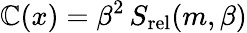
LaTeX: {\cal\mathbb{C}}(x)=\beta^{2}\, S_{\mathrm{{rel}}}(m,\beta)